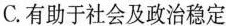
富有阶层的人轮流担任，且自己负担全部费用。雅典的这